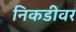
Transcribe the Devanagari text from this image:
निकडीवर